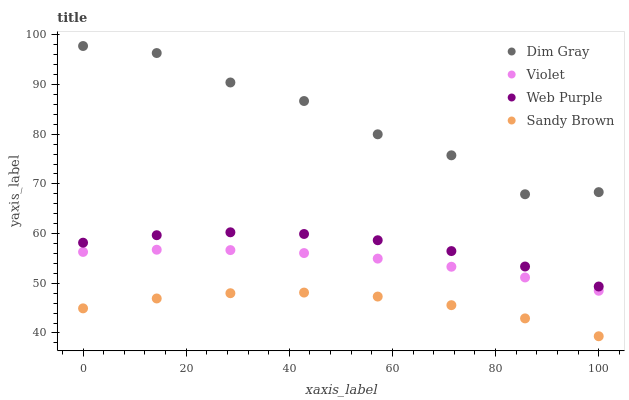
| xaxis_label | Dim Gray | Violet | Web Purple | Sandy Brown |
 | --- | --- | --- | --- | --- |
 | 0 | 97.7 | 56.3 | 58.2 | 45 |
 | 14.3 | 96.3 | 56.8 | 59.7 | 46.9 |
 | 28.6 | 90.4 | 56.7 | 60.3 | 48 |
 | 42.9 | 86.7 | 56.1 | 59.9 | 48.1 |
 | 57.1 | 80 | 55 | 58.7 | 47.3 |
 | 71.4 | 75.7 | 53.3 | 56.5 | 45.6 |
 | 85.7 | 67.9 | 51.2 | 53.4 | 42.9 |
 | 100 | 68.3 | 48.5 | 49.3 | 39.3 |